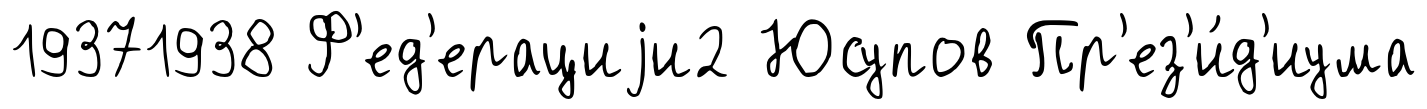
19371938 Ф'ед'ерациjи2 Юсупов Пр'ез'и́д'иума